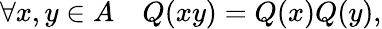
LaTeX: \forall x,y\in A\quad Q(xy)=Q(x)Q(y),